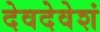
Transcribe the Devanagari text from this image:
देवदेवेशं